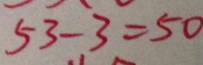
5 3 - 3 = 5 0